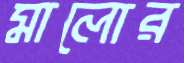
মালোর